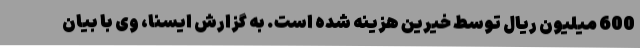
600 میلیون ریال توسط خیرین هزینه شده است. به گزارش ایسنا، وی با بیان